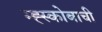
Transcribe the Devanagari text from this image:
म्ह्स्कोबाची